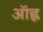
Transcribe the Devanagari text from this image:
ऑह्न